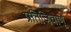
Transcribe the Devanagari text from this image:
प्रतिजिवाणू